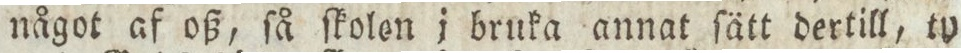
något af oß, ſå ſkolon i bruka annat ſätt dertill, ty